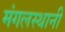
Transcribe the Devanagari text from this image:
मंगलस्थानी